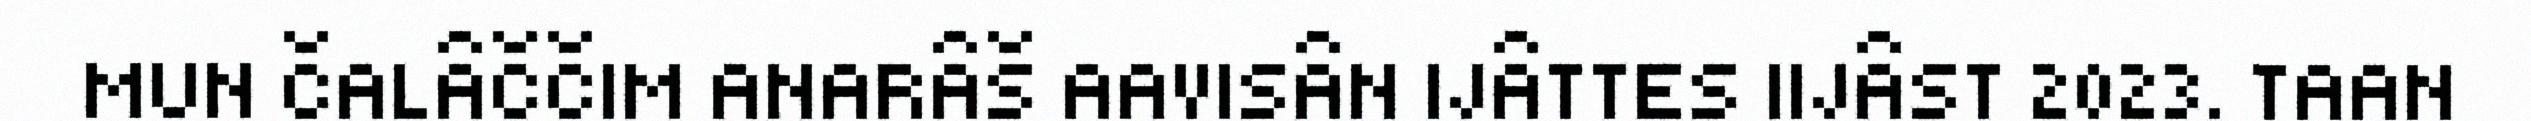
MUN ČALÂČČIM ANARÂŠ AAVISÂN IJÂTTES IIJÂST 2023. TAAN